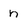
Character: n